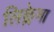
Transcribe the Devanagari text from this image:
लिक्लेमा